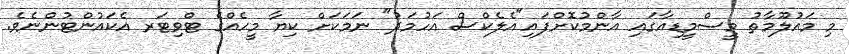
މި މައުލޫމާތު މީސްމީޑިއާގައި އާންމުކޮށްފައި"އެލެކްސް އަހުމަދު" ނަމަކަށް ކިޔާ މީހެއްގެ ޓްވިޓަރ އެކައުންޓުންނެވެ.